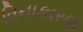
વિનાકારણ